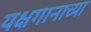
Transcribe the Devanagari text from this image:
यक्षगानाच्या